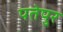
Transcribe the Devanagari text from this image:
पतेपुर